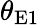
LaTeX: \theta_{\mathrm{E1}}